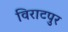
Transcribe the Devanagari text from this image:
विराटपुर